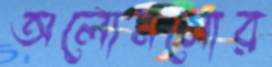
অলোনসোর